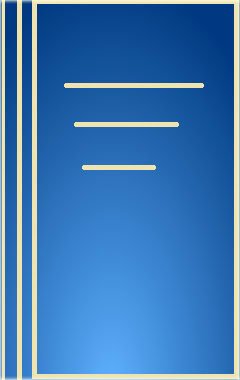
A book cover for Atlantis of the Sands: The Search for the Lost City of Ubar; Ranulph, Sir Fiennes; History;